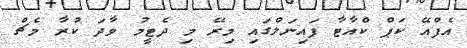
އެފްއޭ ކަޕް ކްއާޓާ ފައިނަލްގައި މިރޭ މި ދެޓީމު ވާދަ ކުރާ މެޗް